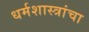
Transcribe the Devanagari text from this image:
धर्मशास्त्रांचा